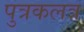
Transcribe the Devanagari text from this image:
पुत्रकलत्र